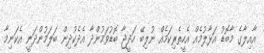
އާއިލާގެ މާބޮޑު އަޅާލުމެއް އެހީތެރިކަމެއް ނުލިބޭ ހަދީޖާ ބޮޑުވަމުންދާ އެދެކުދިން ބަލަމުންދަނީ އެކަނިމާ